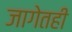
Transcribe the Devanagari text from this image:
जागेतही